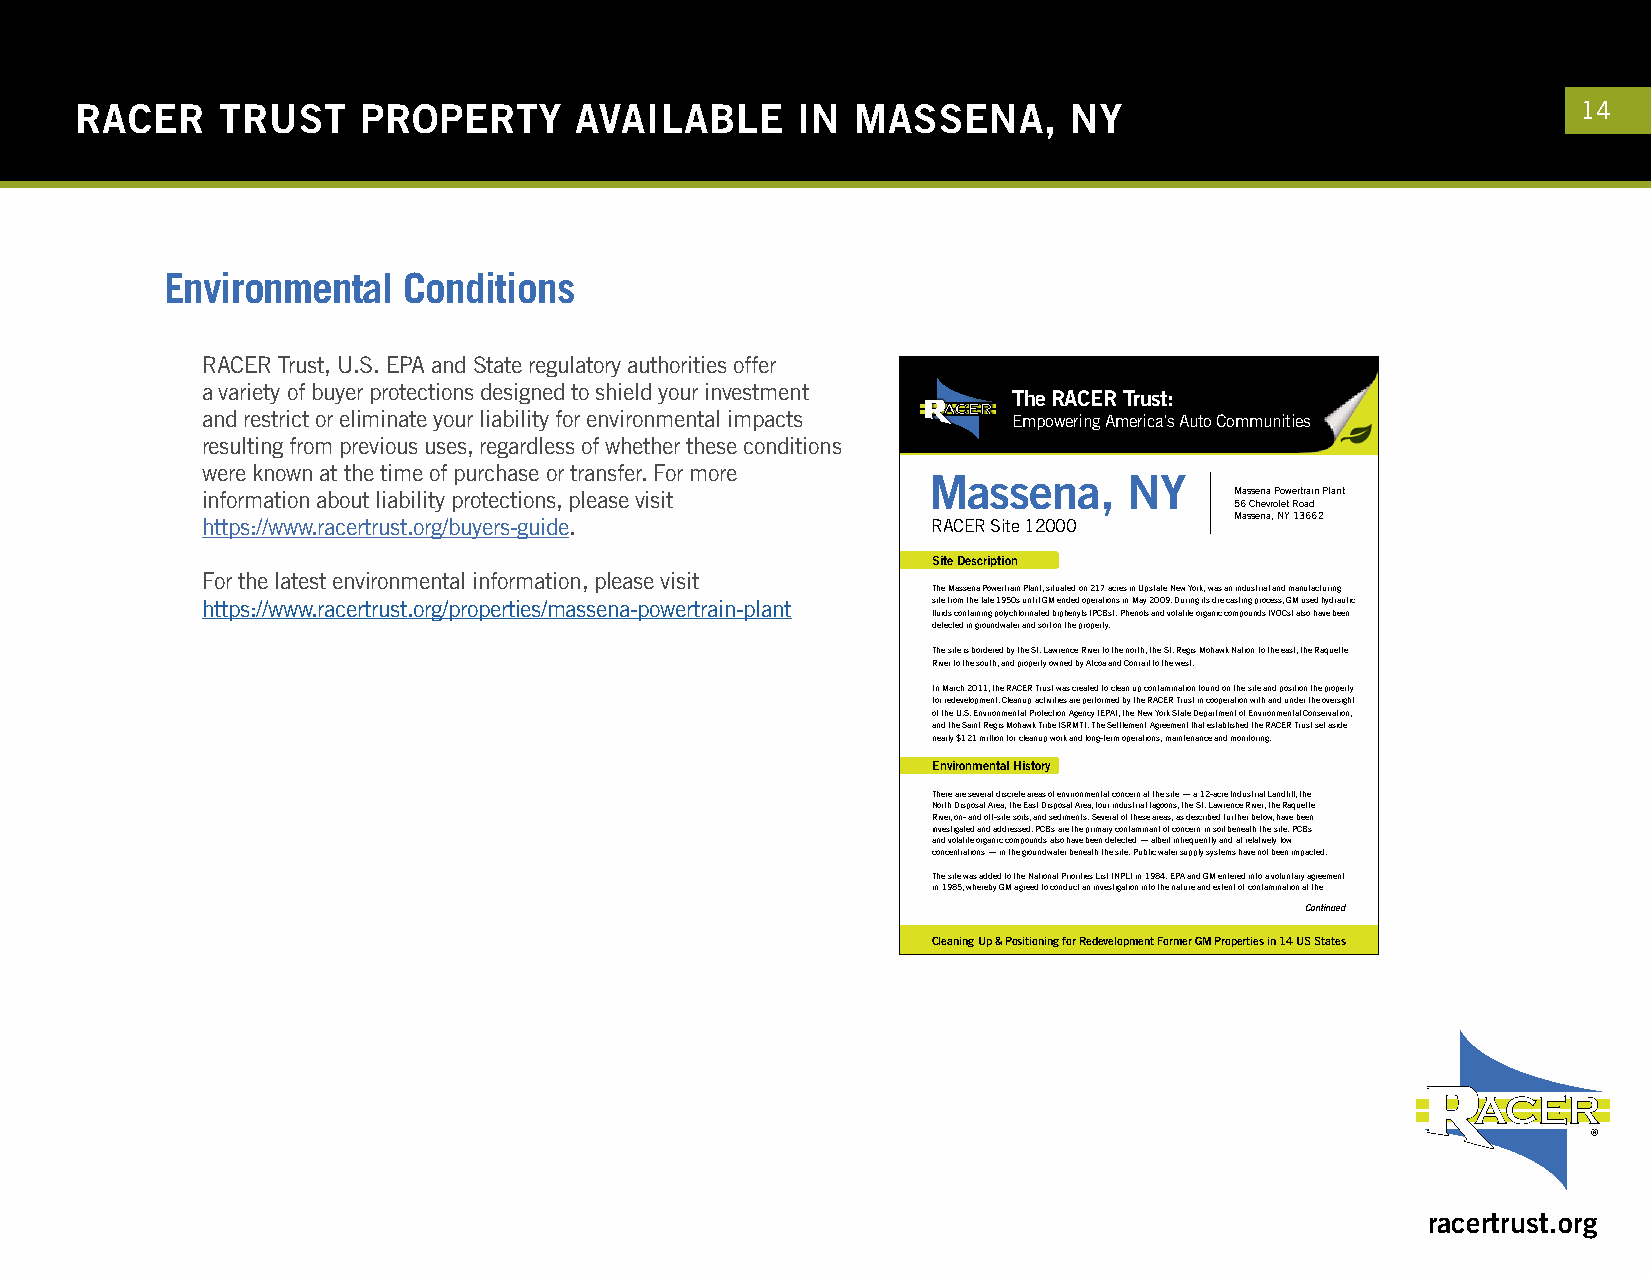
RACER    TRUST     PROPERTY      AVAILABLE      IN  MASSENA,      NY                                14
 Environmental   Conditions
 RACER Trust, U.S. EPA and State regulatory authorities offer
 a variety of buyer protections designed to shield your investment
 The RACER Trust:
 and restrict or eliminate your liability for environmental impacts Empowering America’s Auto Communities
 resulting from previous uses, regardless of whether these conditions
 were known at the time of purchase or transfer. For more
 Massena,      NY
 information about liability protections, please visit                Massena Powertrain Plant
 56 Chevrolet Road
 https://www.racertrust.org/buyers-guide.         RACER Site 12000    Massena, NY 13662
 Site Description
 For the latest environmental information, please visit
 The Massena Powertrain Plant, situated on 217 acres in Upstate New York, was an industrial and manufacturing
 https://www.racertrust.org/properties/massena-powertrain-plant site from the late 1950s until GM ended operations in May 2009. During its die casting process, GM used hydraulic
 fluids containing polychlorinated biphenyls (PCBs). Phenols and volatile organic compounds (VOCs) also have been
 detected in groundwater and soil on the property.
 The site is bordered by the St. Lawrence River to the north, the St. Regis Mohawk Nation to the east, the Raquette
 River to the south, and property owned by Alcoa and Conrail to the west.
 In March 2011, the RACER Trust was created to clean up contamination found on the site and position the property
 for redevelopment. Cleanup activities are performed by the RACER Trust in cooperation with and under the oversight
 of the U.S. Environmental Protection Agency (EPA), the New York State Department of Environmental Conservation,
 and the Saint Regis Mohawk Tribe (SRMT). The Settlement Agreement that established the RACER Trust set aside
 nearly $121 million for cleanup work and long-term operations, maintenance and monitoring.
 Environmental History
 There are several discrete areas of environmental concern at the site — a 12-acre Industrial Landfill, the
 North Disposal Area, the East Disposal Area, four industrial lagoons, the St. Lawrence River, the Raquette
 River, on- and off-site soils, and sediments. Several of these areas, as described further below, have been
 investigated and addressed. PCBs are the primary contaminant of concern in soil beneath the site. PCBs
 and volatile organic compounds also have been detected — albeit infrequently and at relatively low
 concentrations — in the groundwater beneath the site. Public water supply systems have not been impacted.
 The site was added to the National Priorities List (NPL) in 1984. EPA and GM entered into a voluntary agreement
 in 1985, whereby GM agreed to conduct an investigation into the nature and extent of contamination at the
 Continued
 Cleaning Up & Positioning for Redevelopment Former GM Properties in 14 US States
 racertrust.org